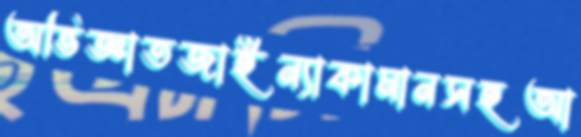
অভিজ্ঞাতজাইন্যাকামানসহআ